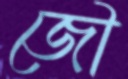
জৌ